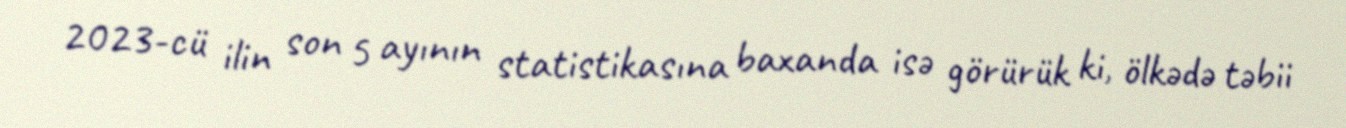
2023-cü ilin son 5 ayının statistikasına baxanda isə görürük ki, ölkədə təbii